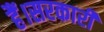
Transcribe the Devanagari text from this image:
हैं।सरकारी